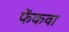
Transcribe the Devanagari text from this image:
फेंकवा